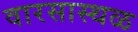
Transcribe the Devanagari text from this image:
वारसास्थळ